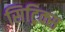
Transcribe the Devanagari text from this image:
सिट्रिक्स